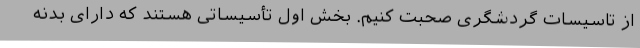
از تاسیسات گردشگری صحبت کنیم. بخش اول تأسیساتی هستند که دارای بدنه